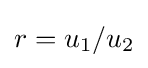
r=u_{1}/u_{2}